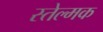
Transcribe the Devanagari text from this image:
स्तेल्मक